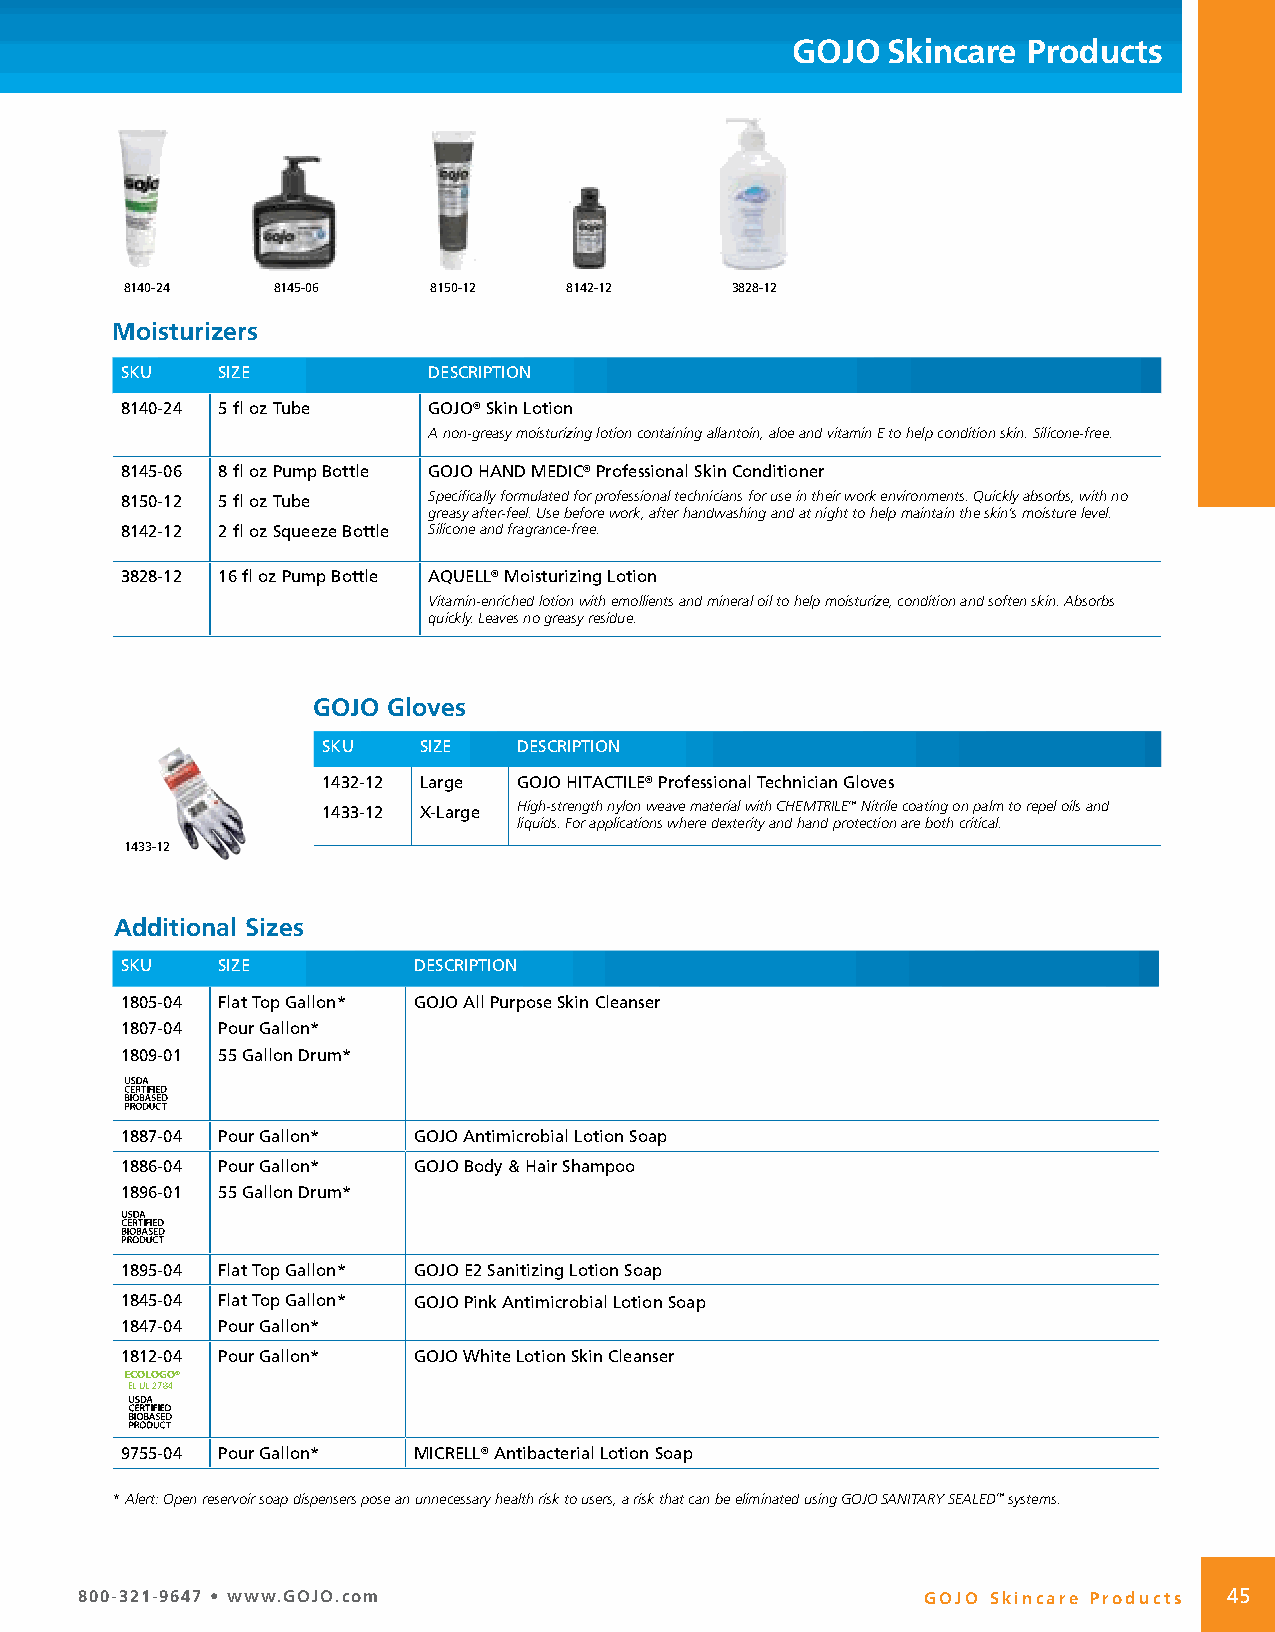
GOJO   Skincare Products
 8140-24   8145-06   8150-12  8142-12    3828-12
 Moisturizers
 SKU   SIZE          DESCRIPTION
 8140-24 5 fl oz Tube GOJO® Skin Lotion
 A non-greasy moisturizing lotion containing allantoin, aloe and vitamin E to help condition skin. Silicone-free.
 8145-06 8 fl oz Pump Bottle GOJO HAND MEDIC® Professional Skin Conditioner
 8150-12 5 fl oz Tube Specifically formulated for professional technicians for use in their work environments. Quickly absorbs, with no
 greasy after-feel. Use before work, after handwashing and at night to help maintain the skin’s moisture level.
 8142-12 2 fl oz Squeeze Bottle Silicone and fragrance-free.
 3828-12 16 fl oz Pump Bottle AQUELL® Moisturizing Lotion
 Vitamin-enriched lotion with emollients and mineral oil to help moisturize, condition and soften skin. Absorbs
 quickly. Leaves no greasy residue.
 GOJO Gloves
 SKU    SIZE  DESCRIPTION
 1432-12 Large GOJO HITACTILE® Professional Technician Gloves
 1433-12 X-Large High-strength nylon weave material with CHEMTRILE™ Nitrile coating on palm to repel oils and
 liquids. For applications where dexterity and hand protection are both critical.
 1433-12
 Additional Sizes
 SKU   SIZE         DESCRIPTION
 1805-04 Flat Top Gallon* GOJO All Purpose Skin Cleanser
 1807-04 Pour Gallon*
 1809-01 55 Gallon Drum*
 1887-04 Pour Gallon* GOJO Antimicrobial Lotion Soap
 1886-04 Pour Gallon* GOJO Body & Hair Shampoo
 1896-01 55 Gallon Drum*
 1895-04 Flat Top Gallon* GOJO E2 Sanitizing Lotion Soap
 1845-04 Flat Top Gallon* GOJO Pink Antimicrobial Lotion Soap
 1847-04 Pour Gallon*
 1812-04 Pour Gallon* GOJO White Lotion Skin Cleanser
 ECOLOGO®
 EL UL 2784
 9755-04 Pour Gallon* MICRELL® Antibacterial Lotion Soap
 * Alert: Open reservoir soap dispensers pose an unnecessary health risk to users, a risk that can be eliminated using GOJO SANITARY SEALED™ systems.
 800-321-9647 • www.GOJO.com                             GOJO Skincare Products 45